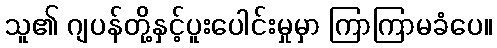
သူ၏ ဂျပန်တို့နှင့်ပူးပေါင်းမှုမှာ ကြာကြာမခံပေ။